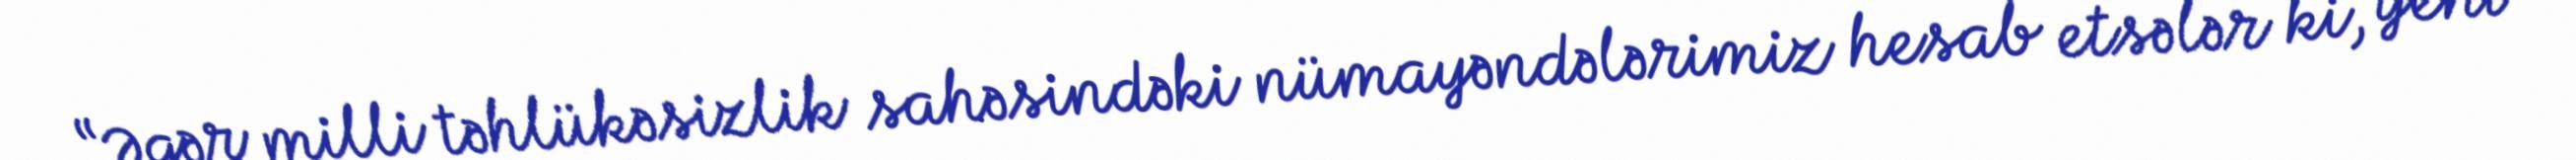
“Əgər milli təhlükəsizlik sahəsindəki nümayəndələrimiz hesab etsələr ki, yeni